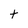
Character: t